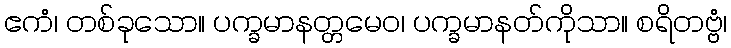
ဧကံ၊ တစ်ခုသော။ ပက္ခမာနတ္တမေဝ၊ ပက္ခမာနတ်ကိုသာ။ စရိတဗ္ဗံ၊